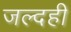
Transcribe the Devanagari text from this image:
जल्‍दही